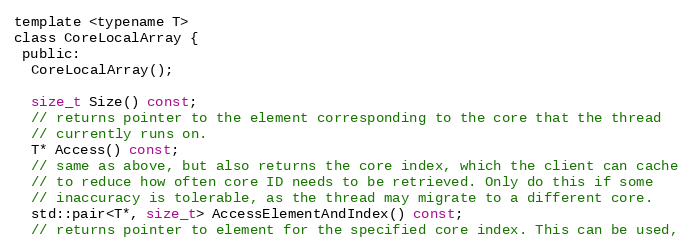
Language: C
template <typename T>
class CoreLocalArray {
 public:
  CoreLocalArray();

  size_t Size() const;
  // returns pointer to the element corresponding to the core that the thread
  // currently runs on.
  T* Access() const;
  // same as above, but also returns the core index, which the client can cache
  // to reduce how often core ID needs to be retrieved. Only do this if some
  // inaccuracy is tolerable, as the thread may migrate to a different core.
  std::pair<T*, size_t> AccessElementAndIndex() const;
  // returns pointer to element for the specified core index. This can be used,